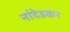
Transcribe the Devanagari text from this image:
नांदेडकर